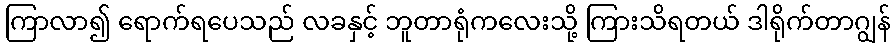
ကြာလာ၍ ရောက်ရပေသည် လခနှင့် ဘူတာရုံကလေးသို့ ကြားသိရတယ် ဒါရိုက်တာဂျွန်